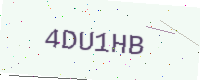
Text: 4DU1HB